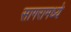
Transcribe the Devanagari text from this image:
सागरामध्ये